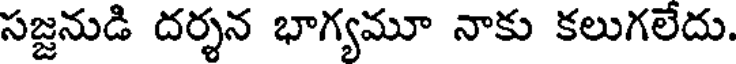
సజ్జనుడి దర్శన భాగ్యమూ నాకు కలుగలేదు.